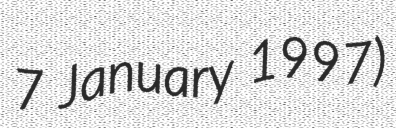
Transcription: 7 January 1997)